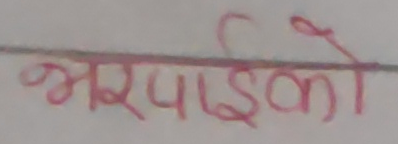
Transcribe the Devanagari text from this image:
भरपाईको